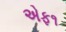
એફ૧